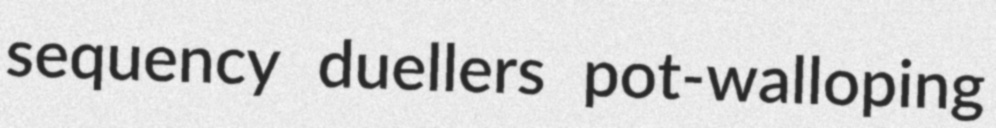
sequency duellers pot-walloping